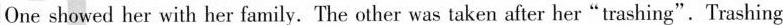
One showed her with her family. The other was taken after her"trashing".Trashing